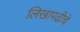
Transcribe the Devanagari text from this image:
लिखापढीचे